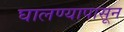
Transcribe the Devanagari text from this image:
घालण्यापासून